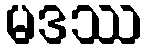
မဒဿ